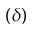
( \delta )